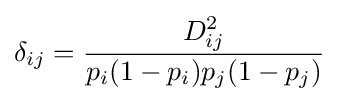
\delta _{ij}={\frac {D_{ij}^{2}}{p_{i}(1-p_{i})p_{j}(1-p_{j})}}